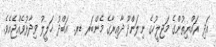
އަދި ރައްޔިތުންގެ މަޖިލީހުގެ ނިލަންދޫ ދާއިރާގެ މެންބަރ ޑރ. އަބްދު ޚަލީލު ވިދާޅުވެއްޖެއެވެ.